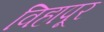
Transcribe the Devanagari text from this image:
विहापूर